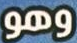
وهو